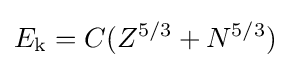
E_{\text{k}}=C(Z^{5/3}+N^{5/3})